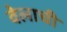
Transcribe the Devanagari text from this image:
वेलाची